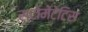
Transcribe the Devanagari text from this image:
स्टोमेटेटिस